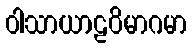
ဝါသာယာဠဝိမာဂမာ